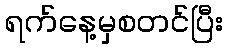
ရက်နေ့မှစတင်ပြီး